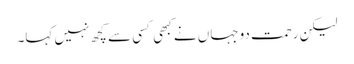
لیکن رحمت دوجہاں نے کبھی کسی سے کچھ نہیں کہا۔